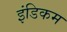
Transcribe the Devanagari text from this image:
इंडिकम